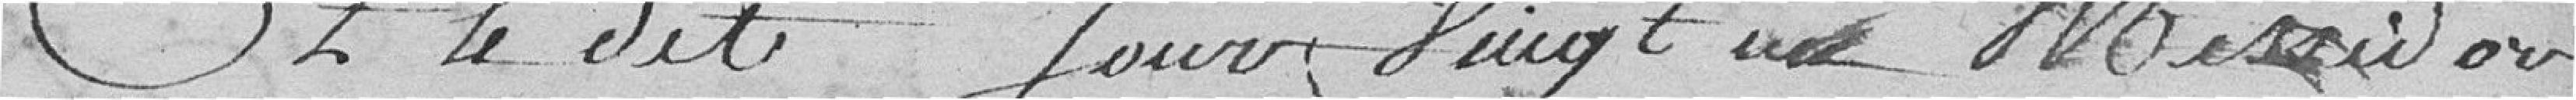
Et le dit jour vingt un Messidor